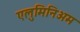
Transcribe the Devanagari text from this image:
एलुमिनिअम